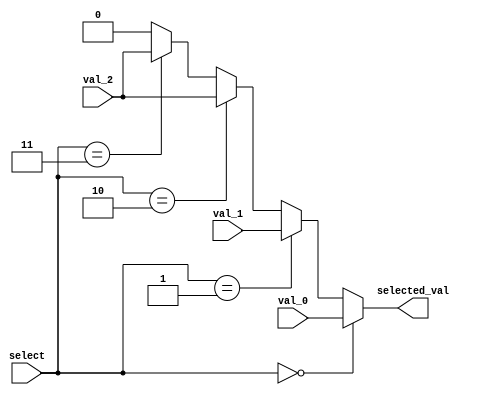
/* A 3-1 Mux
 *
 * Due to having extra selections, they're assigned as follows:
 * 0 - input 0
 * 1 - input 1
 * 2 - input 2
 * 3 - input 2
 *
 * wchen329@wisc.edu
 */
module mux_3_1(output selected_val, input val_0, input val_1, input val_2, input[1:0] select);

	// It'd be nice to be able to use a 4-1 mux...
	assign selected_val = select == 0 ? val_0 :
			       select == 1 ? val_1 :
			       select == 2 ? val_2 :
			       select == 3 ? val_2 : 0;
endmodule

/* An array of 16 3-1 muxes
 * Module is basically a super mux that accept 16 bit buses rather than singleton nets.
 * So input is is a 16 bit array each bit representing ONE input to ONE mux in that array.
 * i.e. the 0 input to mux_0 is in_0[0].
 *
 * wchen329@wisc.edu
 */
module mux_3_1_array_16(output[15:0] bus_out, input[15:0] in_0, in_1, in_2, input[1:0] select);

	mux_3_1 MUX_0(bus_out[0], in_0[0], in_1[0], in_2[0], select);
	mux_3_1 MUX_1(bus_out[1], in_0[1], in_1[1], in_2[1], select);
	mux_3_1 MUX_2(bus_out[2], in_0[2], in_1[2], in_2[2], select);
	mux_3_1 MUX_3(bus_out[3], in_0[3], in_1[3], in_2[3], select);
	mux_3_1 MUX_4(bus_out[4], in_0[4], in_1[4], in_2[4], select);
	mux_3_1 MUX_5(bus_out[5], in_0[5], in_1[5], in_2[5], select);
	mux_3_1 MUX_6(bus_out[6], in_0[6], in_1[6], in_2[6], select);
	mux_3_1 MUX_7(bus_out[7], in_0[7], in_1[7], in_2[7], select);
	mux_3_1 MUX_8(bus_out[8], in_0[8], in_1[8], in_2[8], select);
	mux_3_1 MUX_9(bus_out[9], in_0[9], in_1[9], in_2[9], select);
	mux_3_1 MUX_10(bus_out[10], in_0[10], in_1[10], in_2[10], select);
	mux_3_1 MUX_11(bus_out[11], in_0[11], in_1[11], in_2[11], select);
	mux_3_1 MUX_12(bus_out[12], in_0[12], in_1[12], in_2[12], select);
	mux_3_1 MUX_13(bus_out[13], in_0[13], in_1[13], in_2[13], select);
	mux_3_1 MUX_14(bus_out[14], in_0[14], in_1[14], in_2[14], select);
	mux_3_1 MUX_15(bus_out[15], in_0[15], in_1[15], in_2[15], select);

endmodule

/* A shifter implemented through 3-1 muxes.
 *
 * wchen329@wisc.edu
 */
module Shifter(Shift_Out, Shift_In, Shift_Val, Opcode);

input [15:0] Shift_In;
input [3:0] Shift_Val;
input [2:0] Opcode;
output [15:0] Shift_Out;

wire[1:0] s_level0, s_level1, s_level2;
wire[15:0] sll_out, sra_out, ror_out;

// Create lookup table of base 3 select inputs
assign s_level0 = Shift_Val == 0 ? 0 :
		  Shift_Val == 1 ? 1 :
		  Shift_Val == 2 ? 2 :
		  Shift_Val == 3 ? 0 :
		  Shift_Val == 4 ? 1 :
		  Shift_Val == 5 ? 2 :
		  Shift_Val == 6 ? 0 :
		  Shift_Val == 7 ? 1 :
		  Shift_Val == 8 ? 2 :
		  Shift_Val == 9 ? 0 :
		  Shift_Val == 10 ? 1 :
		  Shift_Val == 11 ? 2 :
		  Shift_Val == 12 ? 0 :
		  Shift_Val == 13 ? 1 :
		  Shift_Val == 14 ? 2 :
		  Shift_Val == 15 ? 0 : 0;

assign s_level1 = Shift_Val == 0 ? 0 :
		  Shift_Val == 1 ? 0 :
		  Shift_Val == 2 ? 0 :
		  Shift_Val == 3 ? 1 :
		  Shift_Val == 4 ? 1 :
		  Shift_Val == 5 ? 1 :
		  Shift_Val == 6 ? 2 :
		  Shift_Val == 7 ? 2 :
		  Shift_Val == 8 ? 2 :
		  Shift_Val == 9 ? 0 :
		  Shift_Val == 10 ? 0 :
		  Shift_Val == 11 ? 0 :
		  Shift_Val == 12 ? 1 :
		  Shift_Val == 13 ? 1 :
		  Shift_Val == 14 ? 1 :
		  Shift_Val == 15 ? 2 : 0;

assign s_level2 = Shift_Val == 0 ? 0 :
		  Shift_Val == 1 ? 0 :
		  Shift_Val == 2 ? 0 :
		  Shift_Val == 3 ? 0 :
		  Shift_Val == 4 ? 0 :
		  Shift_Val == 5 ? 0 :
		  Shift_Val == 6 ? 0 :
		  Shift_Val == 7 ? 0 :
		  Shift_Val == 8 ? 0 :
		  Shift_Val == 9 ? 1 :
		  Shift_Val == 10 ? 1 :
		  Shift_Val == 11 ? 1 :
		  Shift_Val == 12 ? 1 :
		  Shift_Val == 13 ? 1 :
		  Shift_Val == 14 ? 1 :
		  Shift_Val == 15 ? 1 : 0;

// SLL
wire[15:0] sll_1, sll_2, sll_3, sll_6, sll_9, SLL_In_L1, SLL_In_L2;
assign sll_1 = Shift_In << 1; assign sll_2 = Shift_In << 2;
assign sll_3 = SLL_In_L1 << 3; assign sll_6 = SLL_In_L1 << 6;
assign sll_9 = SLL_In_L2 << 9;

mux_3_1_array_16 LEVEL_0_LL(SLL_In_L1 , Shift_In, sll_1, sll_2, s_level0);
mux_3_1_array_16 LEVEL_1_LL(SLL_In_L2 , SLL_In_L1, sll_3, sll_6, s_level1);
mux_3_1_array_16 LEVEL_2_LL(sll_out , SLL_In_L2, sll_9, {16{1'b0}}, s_level2);

// SRA
wire[15:0] sra_1, sra_2, sra_3, sra_6, sra_9, SRA_In_L1, SRA_In_L2;
assign sra_1 = {Shift_In[15], Shift_In[15:1]}; assign sra_2 = {Shift_In[15], Shift_In[15], Shift_In[15:2]};
assign sra_3 = {{3{SRA_In_L1[15]}}, SRA_In_L1[15:3]}; assign sra_6 = {{6{SRA_In_L1[15]}}, SRA_In_L1[15:6]};
assign sra_9 = {{9{SRA_In_L2[15]}}, SRA_In_L2[15:9]};

mux_3_1_array_16 LEVEL_0_RA(SRA_In_L1 , Shift_In, sra_1, sra_2, s_level0);
mux_3_1_array_16 LEVEL_1_RA(SRA_In_L2 , SRA_In_L1, sra_3, sra_6, s_level1);
mux_3_1_array_16 LEVEL_2_RA(sra_out , SRA_In_L2, sra_9, {16{1'b0}}, s_level2);

// ROR
wire[15:0] ror_1, ror_2, ror_3, ror_6, ror_9, ROR_In_L1, ROR_In_L2;
assign ror_1 = {Shift_In[0], Shift_In[15:1]}; assign ror_2 = {Shift_In[1], Shift_In[0], Shift_In[15:2]};
assign ror_3 = {ROR_In_L1[2], ROR_In_L1[1], ROR_In_L1[0], ROR_In_L1[15:3]};
assign ror_6 = {ROR_In_L1[5], ROR_In_L1[4], ROR_In_L1[3], ROR_In_L1[2], ROR_In_L1[1], ROR_In_L1[0], ROR_In_L1[15:6]};
assign ror_9 = {ROR_In_L2[8], ROR_In_L2[7], ROR_In_L2[6], ROR_In_L2[5], ROR_In_L2[4], ROR_In_L2[3], ROR_In_L2[2], ROR_In_L2[1], ROR_In_L2[0], ROR_In_L2[15:9]};

mux_3_1_array_16 LEVEL_0_RO(ROR_In_L1 , Shift_In, ror_1, ror_2, s_level0);
mux_3_1_array_16 LEVEL_1_RO(ROR_In_L2 , ROR_In_L1, ror_3, ror_6, s_level1);
mux_3_1_array_16 LEVEL_2_RO(ror_out , ROR_In_L2, ror_9, {16{1'b0}}, s_level2);

assign Shift_Out = Opcode[1:0] == 0 ? sll_out :
		   Opcode[1:0] == 1 ? sra_out :
		   Opcode[1:0] == 2 ? ror_out : 0;

endmodule